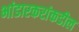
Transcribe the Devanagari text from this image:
भांडारकरांकडील